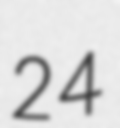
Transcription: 24